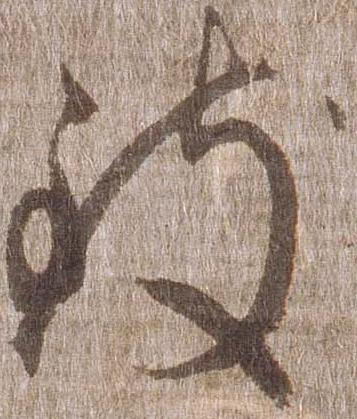
致